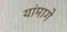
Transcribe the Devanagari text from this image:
यांमागे